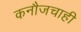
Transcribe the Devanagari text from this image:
कनौजचाही